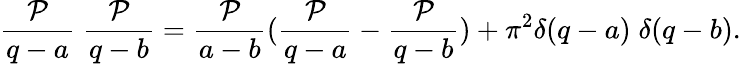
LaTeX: \frac{{\cal P}}{q-a}\; \frac{{\cal P}}{q-b}=\frac{{\cal P}}{a-b}(\frac{{\cal P}}{q-a}-\frac{{\cal P}}{q-b})+\pi^{2}\delta(q-a)\; \delta(q-b).